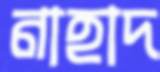
নাহাদ